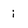
Character: i